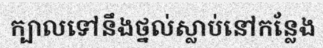
ក្បាលទៅនឹងថ្នល់ស្លាប់នៅកន្លែង